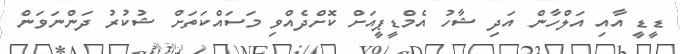
ޑީޑީ އާއި އަލްހާން އަދި ޝާހު އެމްޑީޕީއަށް ކޮށްދެއްވި މަސައްކަތަށް ޝުކުރު ދަންނަވަން